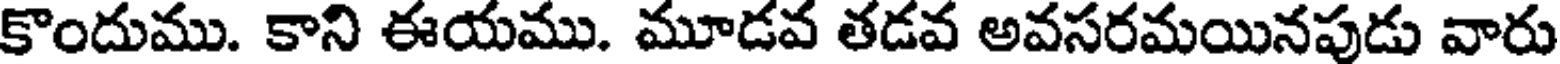
కొందుము. కాని ఈయము. మూడవ తడవ అవసరమయినపుడు వారు